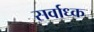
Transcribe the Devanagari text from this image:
सर्वाध्क